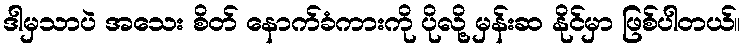
ဒါမှသာပဲ အသေး စိတ် နောက်ခံကားကို ပိုလို့ မှန်းဆ နိုင်မှာ ဖြစ်ပါတယ်။